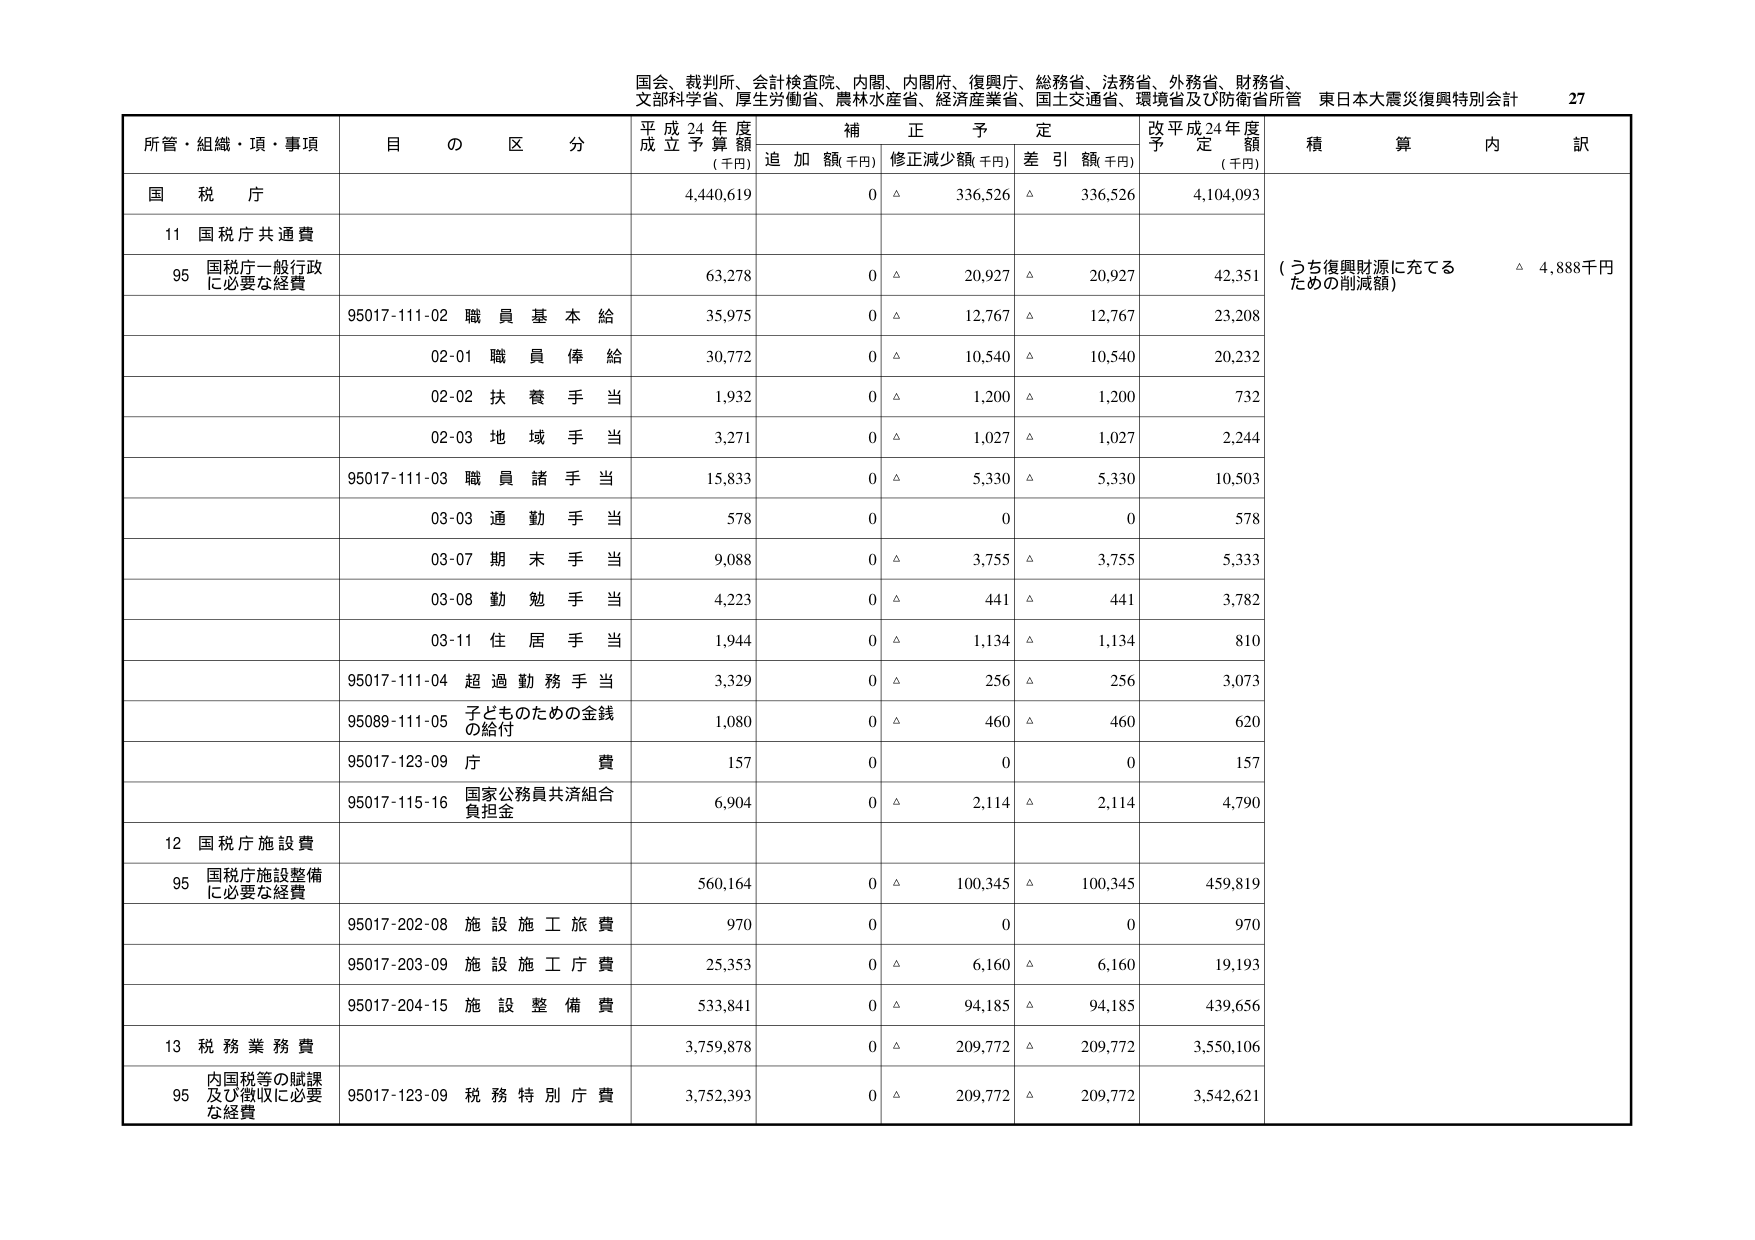
国会、裁判所、会計検査院、内閣、内閣府、復興庁、総務省、法務省、外務省、財務省、
文部科学省、厚生労働省、農林水産省、経済産業省、国土交通省、環境省及び防衛省所管 東日本大震災復興特別会計 27

所管・組織・項・事項 目の区分 平成24年度成立予算額（千円） 補正予定 追加額（千円） 修正減少額（千円） 差引額（千円） 改平成24年度予定額（千円） 積算内訳

国税庁 4,440,619 0 △ 336,526 △ 336,526 4,104,093

11 国税庁共通費

95 国税庁一般行政に必要な経費 63,278 0 △ 20,927 △ 20,927 42,351 （うち復興財源に充てるための削減額） △ 4,888千円

95017-111-02 職員基本給 35,975 0 △ 12,767 △ 12,767 23,208

02-01 職員俸給 30,772 0 △ 10,540 △ 10,540 20,232

02-02 扶養手当 1,932 0 △ 1,200 △ 1,200 732

02-03 地域手当 3,271 0 △ 1,027 △ 1,027 2,244

95017-111-03 職員諸手当 15,833 0 △ 5,330 △ 5,330 10,503

03-03 通勤手当 578 0 0 0 578

03-07 期末手当 9,088 0 △ 3,755 △ 3,755 5,333

03-08 勤勉手当 4,223 0 △ 441 △ 441 3,782

03-11 住居手当 1,944 0 △ 1,134 △ 1,134 810

95017-111-04 超過勤務手当 3,329 0 △ 256 △ 256 3,073

95089-111-05 子どものための金銭の給付 1,080 0 △ 460 △ 460 620

95017-123-09 庁費 157 0 0 0 157

95017-115-16 国家公務員共済組合負担金 6,904 0 △ 2,114 △ 2,114 4,790

12 国税庁施設費

95 国税庁施設整備に必要な経費 560,164 0 △ 100,345 △ 100,345 459,819

95017-202-08 施設施工旅費 970 0 0 0 970

95017-203-09 施設施工庁費 25,353 0 △ 6,160 △ 6,160 19,193

95017-204-15 施設整備費 533,841 0 △ 94,185 △ 94,185 439,656

13 税務業務費 3,759,878 0 △ 209,772 △ 209,772 3,550,106

95 内国税等の賦課及び徴収に必要な経費 95017-123-09 税務特別庁費 3,752,393 0 △ 209,772 △ 209,772 3,542,621